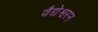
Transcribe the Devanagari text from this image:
वैद्येश्वरन